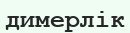
димерлік